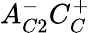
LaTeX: A_{C2}^{-}C_{C}^{+}